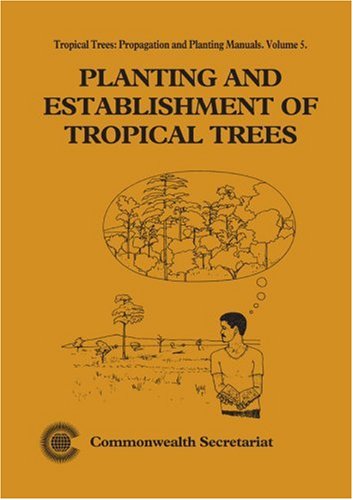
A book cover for Planting and Establishment of Tropical Trees: Tropical Trees: Propagation and Planting Manuals (Tropical Trees, Propagation and Planting Manuals Series); Commonwealth Secretariat; Science & Math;